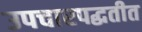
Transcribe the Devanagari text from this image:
उपचारपद्धतीत